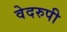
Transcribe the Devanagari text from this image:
वेदरुपी